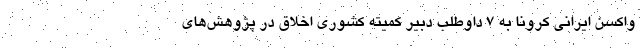
واکسن ایرانی کرونا به ۷ داوطلب دبیر کمیته کشوری اخلاق در پژوهش‌های